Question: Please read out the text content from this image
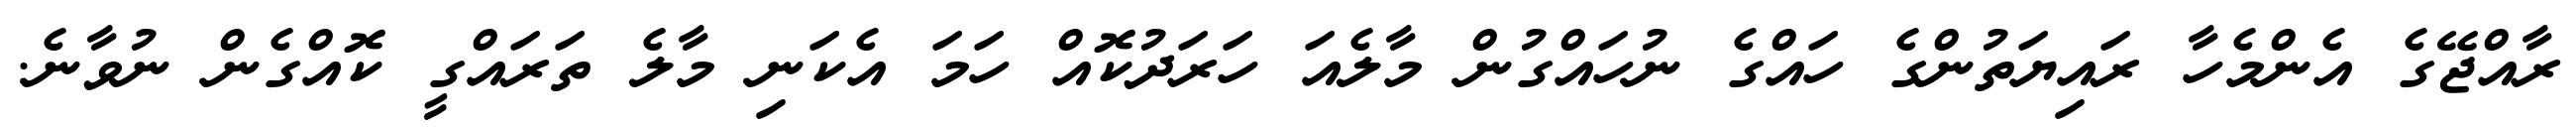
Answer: ރާއްޖޭގެ އެންމެހާ ރައިޔަތުންގެ ހައްގެ ނުހައްގުން މާލެއަ ހަރަދުކޮއް ހަމަ އެކަނި މާލެ ތަރައްގީ ކޮއްގެން ނުވާނެ.